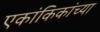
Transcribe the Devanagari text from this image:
एकांकिकांच्या